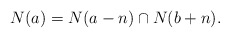
\begin{align*}N(a)=N(a-n)\cap N(b+n).\end{align*}